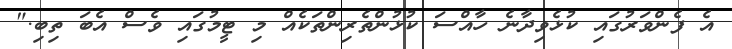
އެ ފެންވަރުގައި ކުޅެވިދާނެ ހާއްސަ ކުޅުންތެރިންތަކެއް މި ޓީމުގައި ވެސް އެބަ ތިބި."